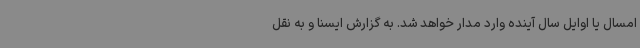
امسال یا اوایل سال آینده وارد مدار خواهد شد. به گزارش ایسنا و به نقل